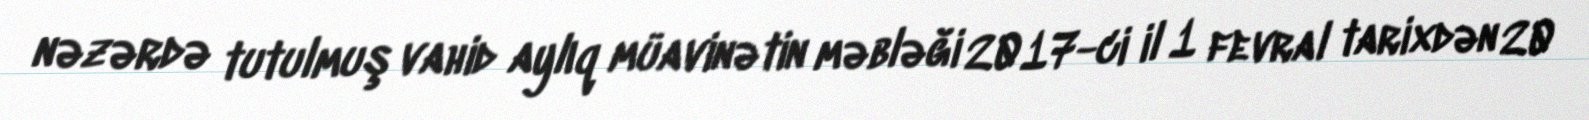
nəzərdə tutulmuş vahid aylıq müavinətin məbləği 2017-ci il 1 fevral tarixdən 20